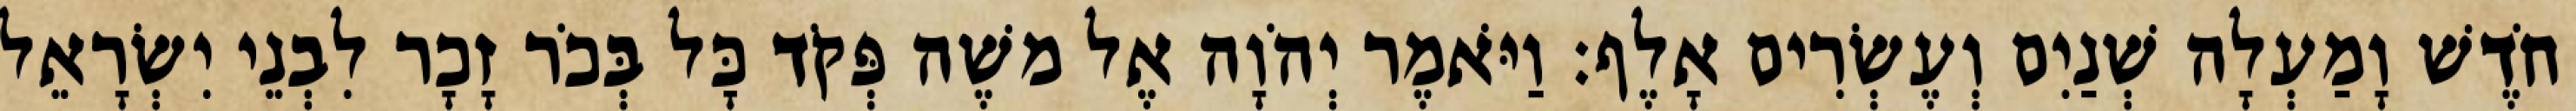
חֹדֶשׁ וָמַעְלָה שְׁנַיִם וְעֶשְׂרִים אָלֶף׃ וַיֹּאמֶר יְהֹוָה אֶל משֶׁה פְּקֹד כָּל בְּכֹר זָכָר לִבְנֵי יִשְׂרָאֵל